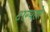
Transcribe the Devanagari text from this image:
टांग्याने